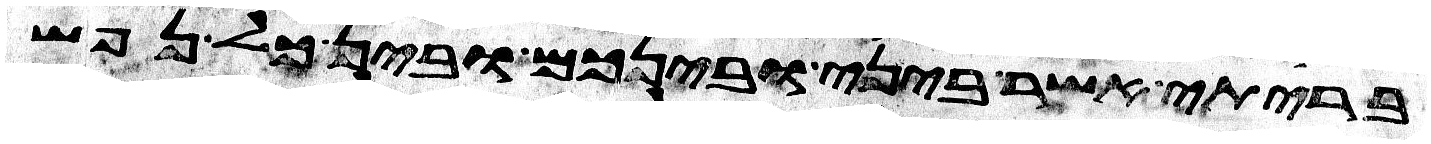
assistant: בריתי אשר ביני ובינכם ובין כל נפש